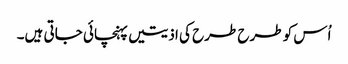
اُس کو طرح طرح کی اذیتیں پہنچائی جاتی ہیں۔